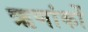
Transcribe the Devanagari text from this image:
ऋणांकों